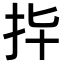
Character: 𢪟